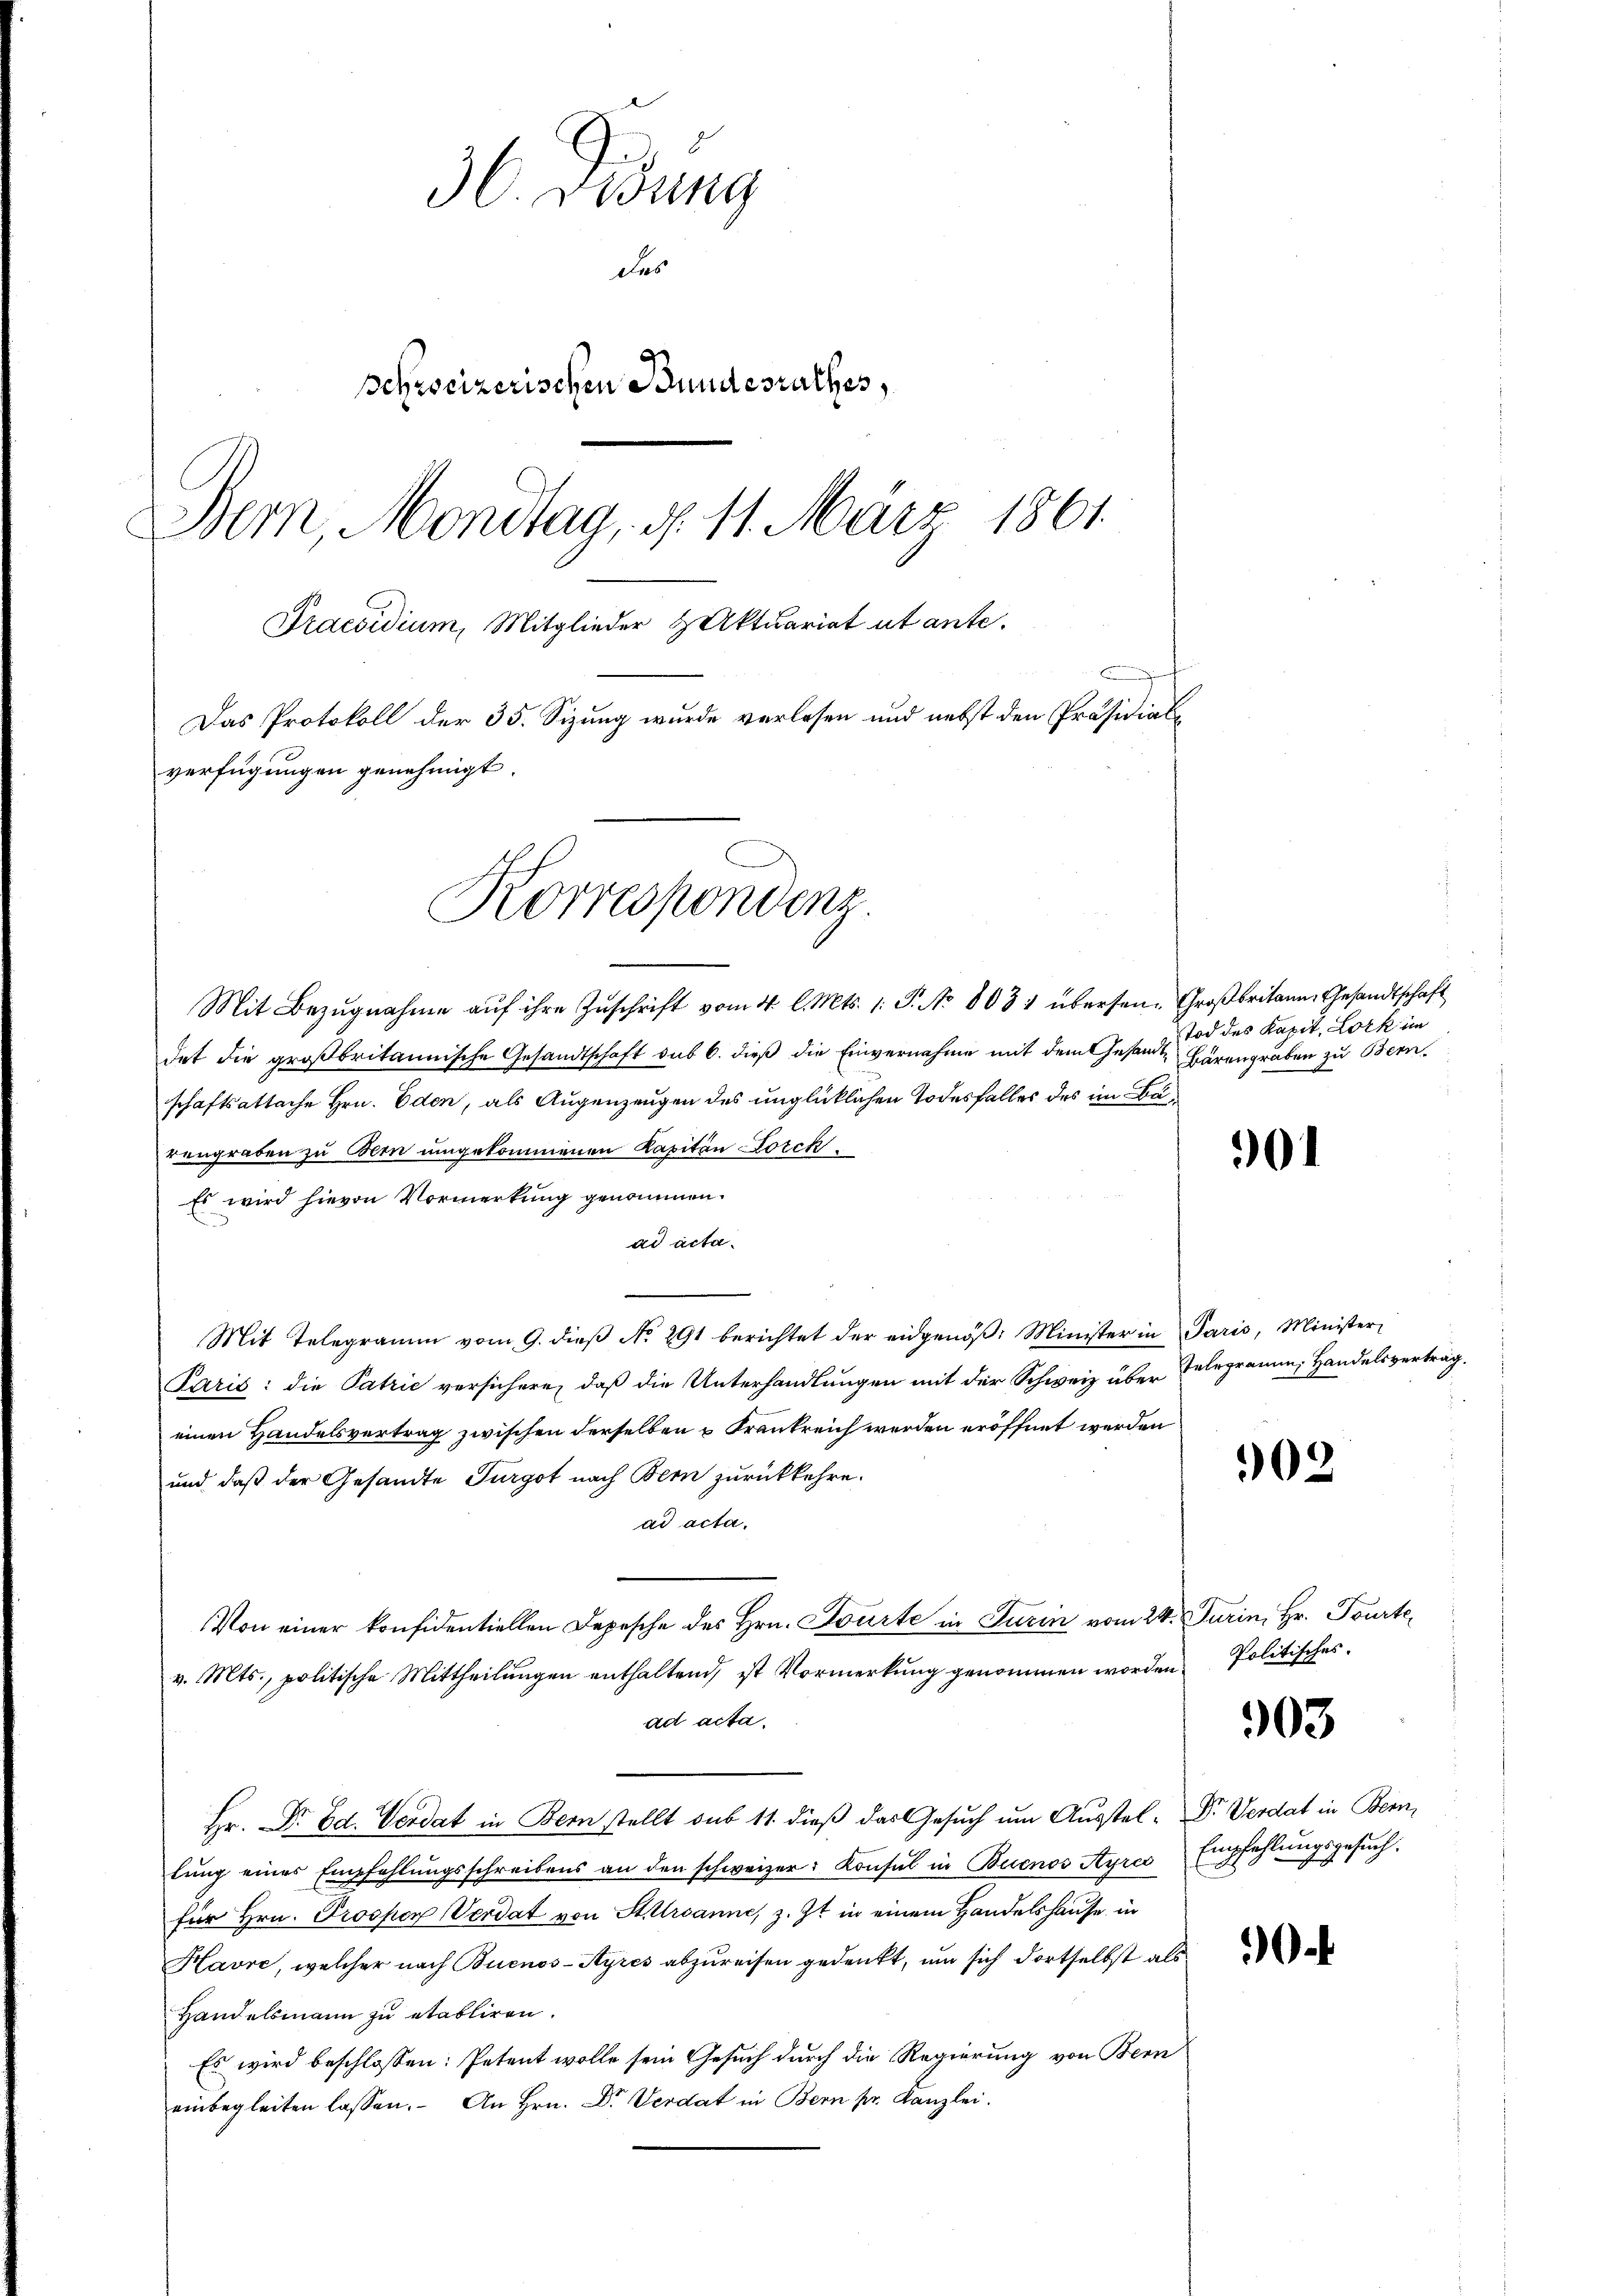
36. Didung
das
schweizerischen Bundesrathes,
Bern, Mondtag, d. 11. März 1861.
Praesidium, Mitglieder & Aktuariat ut ante.
Das Protokoll der 35. Sizung wurde verlesen und nebst den Präsidialverfügungen genehmigt.

det die großbritannische Gesandtschaft sub 6. dieß die Einvernahme mit dem Gesandtschaftsattache Hrn. Eden, als Augenzeugen des unglücklichen Todesfalles des im Barengraben zu Bern umgekommenen Kapitän Lorck¬
Es wird hievon Vormerkung genommen.
ad acta.
Mit Telegramm vom 9. dieβ No. 291 berichtet der eidgenöβ: Minister in Paris, Minister-
Paris: die Patrie versichere, daß die Unterhandlungen mit der Schweiz über
einen Handelsvertrag zwischen derselben u Frankreich werden eröffnet werden
und daß der Gesandte Turgot nach Bern zurückkehre.
ad acta.
Von einer konfidentiellen Depesche des Hrn. Courte in Turin vom 24. Jurin, Hr. Tourte
v. Mts., politische Mittheilungen enthaltend, ist Vormerkung genommen worden Politisches.
ad acta.
Hr. Dr. Bd. Verdat in Bern stellt sub 11. dieß das Gesuch um Ausstel- Dr. Verdat in Bern,
lung eines Empfehlungsschreibens an den schweizer: Konsul in Buenos Ayres
für Hrn. Prosper Verdat von Stursanne, z. Zt. in einem Handelshause in
Havre, welcher nach Buenos-Ayres abzureisen gedenkt, um sich dortselbst als
Handelsmann zu etabliren.
Es wird beschlossen: Petent wolle sein Gesuch durch die Regierung von Bern
einbegleiten lassen. An Hrn. Dr. Verdat in Bern pr. Kanzlei.

Korrespondenz.
Mit Bezŭgnahme aŭf ihre Zŭschrift vom 4. l. Mts. 1. P. No 803 übersen. Großbritann, Gesandtschaft

Tod des Kapit. Lork im
Bärengraben zu Bern

901

Telegramm, Handelsvertrag.

03

303

.

Empfehlungsgesuch.